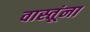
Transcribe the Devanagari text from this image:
वास्तूंना